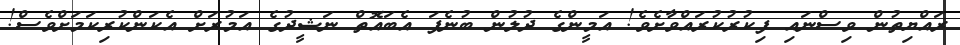
ރައްޔިތުން ވިސްނައި ފިކުރުކުރައްވާށެވެ! އަމީންގެ ދުލުން ބުނެފަ އެބައޮތް ނަޝީދުގެ އަމުރަށް އެކަންކުރިކަމަށްވެސް!